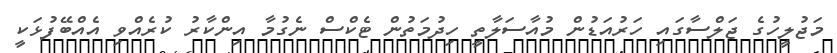
މަޖުލީހުގެ ޖަލްސާގައި ހަރުއަޑުން މުއާސަލާތީ ހިދުމަތުން ޓެކްސް ނެގުމާ އިންކާރު ކުރެއްވި އެއްބޭފުޅަކީ